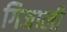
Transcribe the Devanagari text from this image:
गिजाली